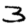
Digit: 3